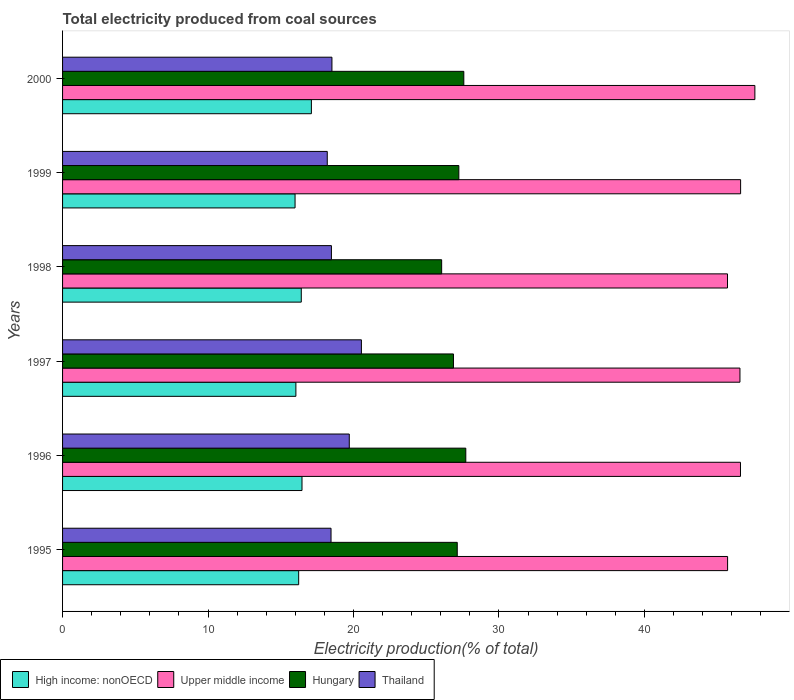
| Years | High income: nonOECD | Upper middle income | Hungary | Thailand |
 | --- | --- | --- | --- | --- |
 | 1995 | 16.2 | 45.7 | 27.1 | 18.5 |
 | 1996 | 16.5 | 46.6 | 27.7 | 19.7 |
 | 1997 | 16 | 46.6 | 26.9 | 20.5 |
 | 1998 | 16.4 | 45.7 | 26.1 | 18.5 |
 | 1999 | 16 | 46.6 | 27.2 | 18.2 |
 | 2000 | 17.1 | 47.6 | 27.6 | 18.5 |